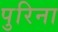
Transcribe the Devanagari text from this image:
पुरिना